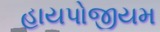
હાયપોજીયમ